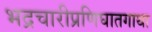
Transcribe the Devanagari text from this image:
भद्रचारीप्रणिघातगाथा